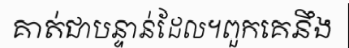
គាត់ជាបន្ទាន់ដែល។ពួកគេនឹង